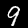
Digit: 9